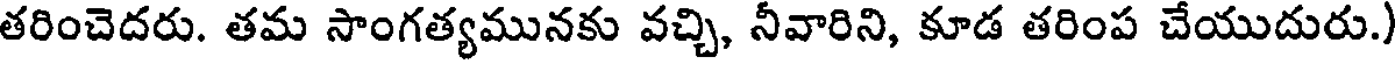
తరించెదరు. తమ సాంగత్యమునకు వచ్చి, నీవారిని, కూడ తరింప చేయుదురు.